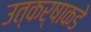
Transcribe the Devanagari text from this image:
उत्कर्षाकडे